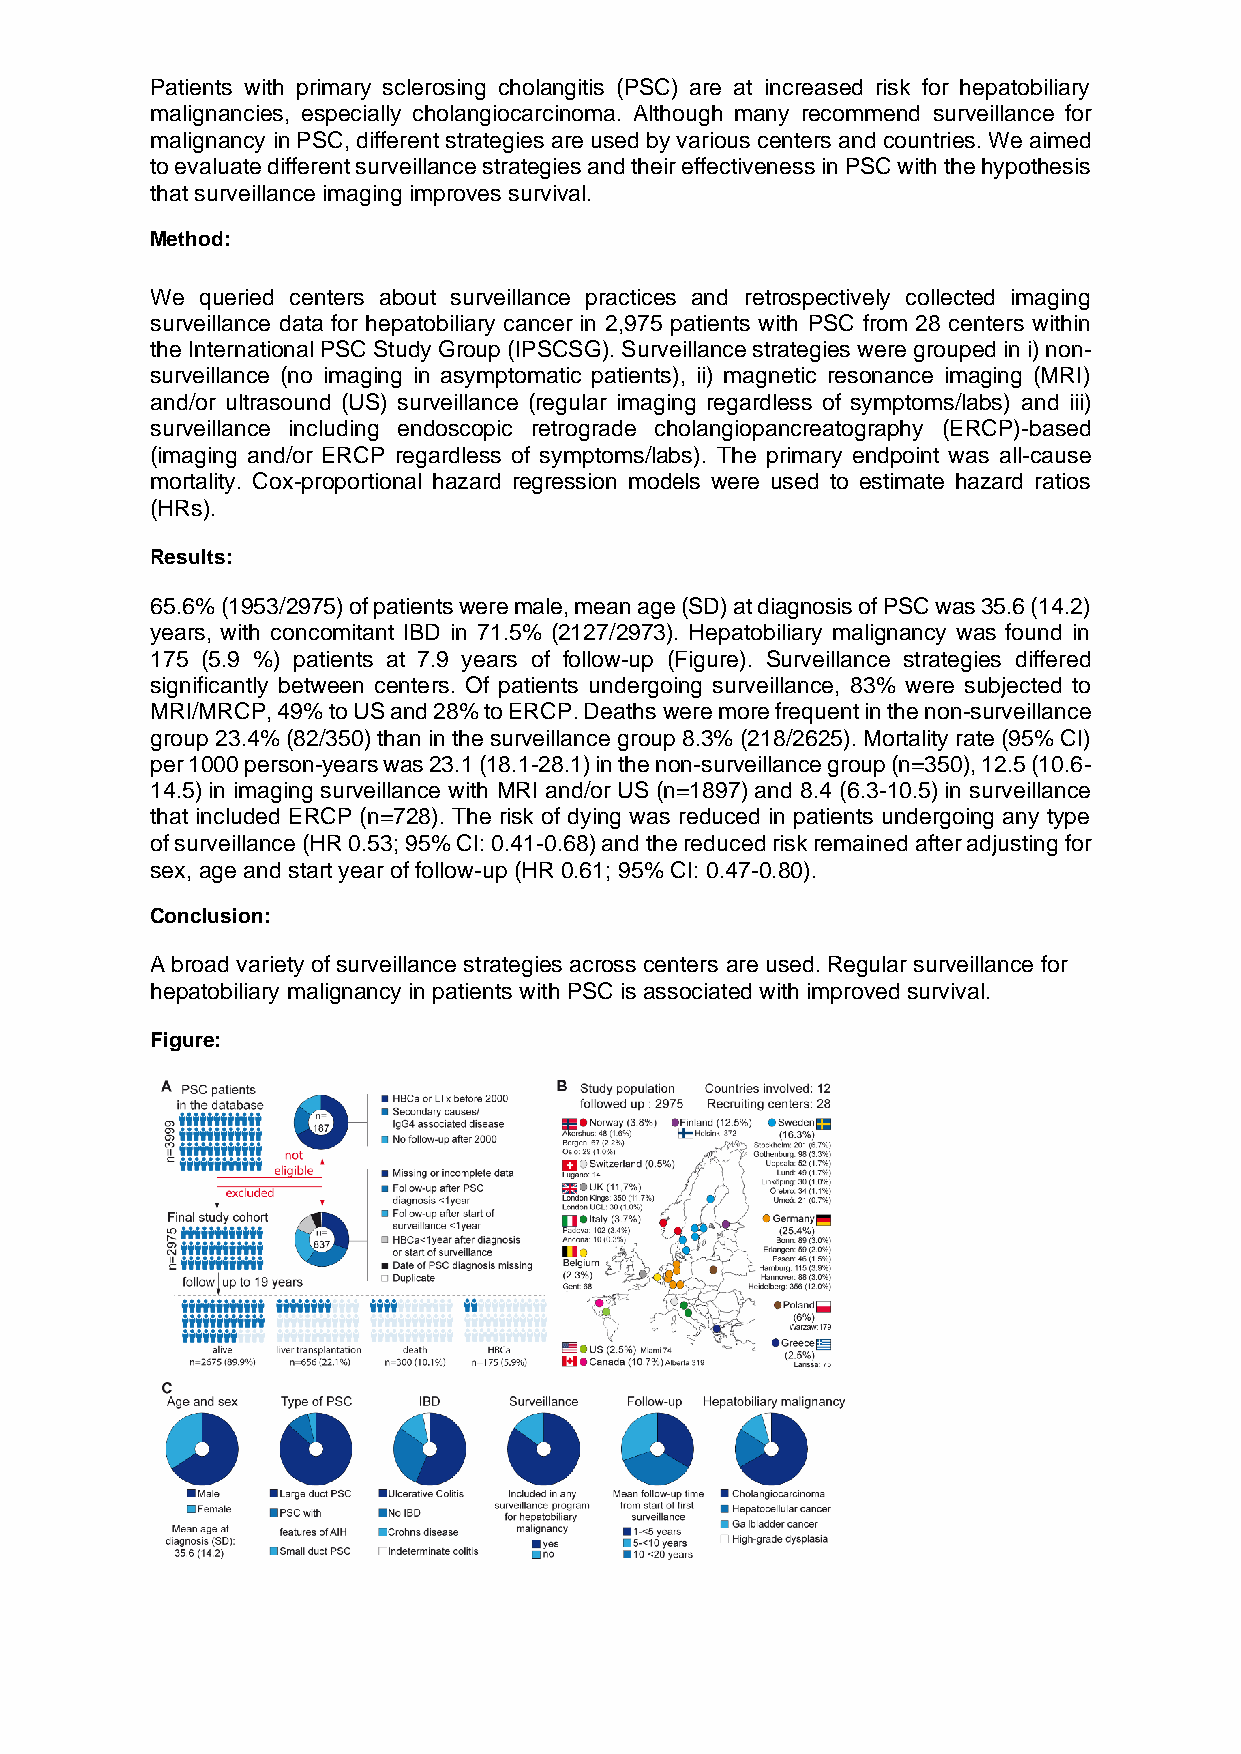
Patients with primary sclerosing cholangitis (PSC) are at increased risk for hepatobiliary
 malignancies, especially cholangiocarcinoma. Although many recommend surveillance for
 malignancy in PSC, different strategies are used by various centers and countries. We aimed
 to evaluate different surveillance strategies and their effectiveness in PSC with the hypothesis
 that surveillance imaging improves survival.
 Method:
 We queried centers about surveillance practices and retrospectively collected imaging
 surveillance data for hepatobiliary cancer in 2,975 patients with PSC from 28 centers within
 the International PSC Study Group (IPSCSG). Surveillance strategies were grouped in i) non-
 surveillance (no imaging in asymptomatic patients), ii) magnetic resonance imaging (MRI)
 and/or ultrasound (US) surveillance (regular imaging regardless of symptoms/labs) and iii)
 surveillance including endoscopic retrograde cholangiopancreatography (ERCP)-based
 (imaging and/or ERCP regardless of symptoms/labs). The primary endpoint was all-cause
 mortality. Cox-proportional hazard regression models were used to estimate hazard ratios
 (HRs).
 Results:
 65.6% (1953/2975) of patients were male, mean age (SD) at diagnosis of PSC was 35.6 (14.2)
 years, with concomitant IBD in 71.5% (2127/2973). Hepatobiliary malignancy was found in
 175 (5.9 %) patients at 7.9 years of follow-up (Figure). Surveillance strategies differed
 significantly between centers. Of patients undergoing surveillance, 83% were subjected to
 MRI/MRCP, 49% to US and 28% to ERCP. Deaths were more frequent in the non-surveillance
 group 23.4% (82/350) than in the surveillance group 8.3% (218/2625). Mortality rate (95% CI)
 per 1000 person-years was 23.1 (18.1-28.1) in the non-surveillance group (n=350), 12.5 (10.6-
 14.5) in imaging surveillance with MRI and/or US (n=1897) and 8.4 (6.3-10.5) in surveillance
 that included ERCP (n=728). The risk of dying was reduced in patients undergoing any type
 of surveillance (HR 0.53; 95% CI: 0.41-0.68) and the reduced risk remained after adjusting for
 sex, age and start year of follow-up (HR 0.61; 95% CI: 0.47-0.80).
 Conclusion:
 A broad variety of surveillance strategies across centers are used. Regular surveillance for
 hepatobiliary malignancy in patients with PSC is associated with improved survival.
 Figure: